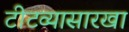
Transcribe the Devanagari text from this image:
टीटव्यासारखा